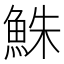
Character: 鮢